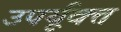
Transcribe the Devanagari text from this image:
उपर्यूक्त